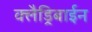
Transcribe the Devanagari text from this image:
क्लैड्रिबाईन